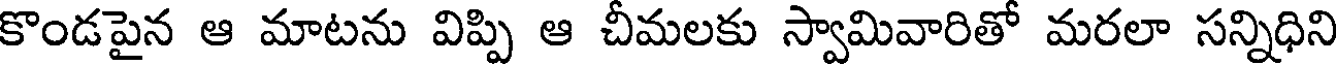
కొండపైన ఆ మాటను విప్పి ఆ చీమలకు స్వామివారితో మరలా సన్నిధిని